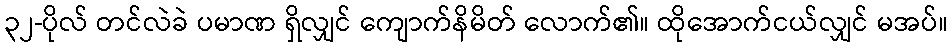
၃၂-ပိုလ် တင်လဲခဲ ပမာဏ ရှိလျှင် ကျောက်နိမိတ် လောက်၏။ ထိုအောက်ငယ်လျှင် မအပ်။